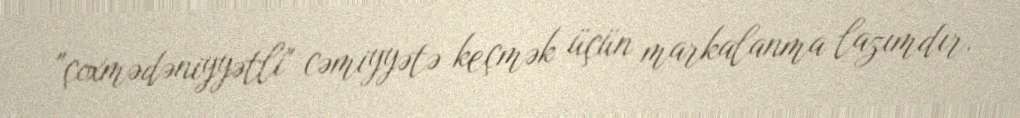
"çoxmədəniyyətli" cəmiyyətə keçmək üçün markalanma lazımdır.